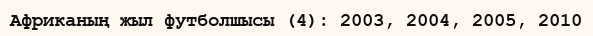
Африканың жыл футболшысы (4): 2003, 2004, 2005, 2010